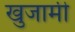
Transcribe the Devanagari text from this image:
खुजामी